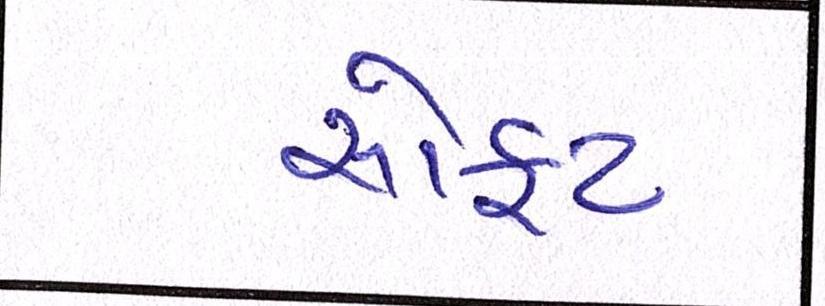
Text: સોફ્ટ